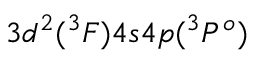
3 d ^ { 2 } ( ^ { 3 } F ) 4 s 4 p ( ^ { 3 } P ^ { o } )